Annual report of the Punjab Veterinary College and of the Civil Veterinary Department, Punjab - 1894-1908
Year: 1894
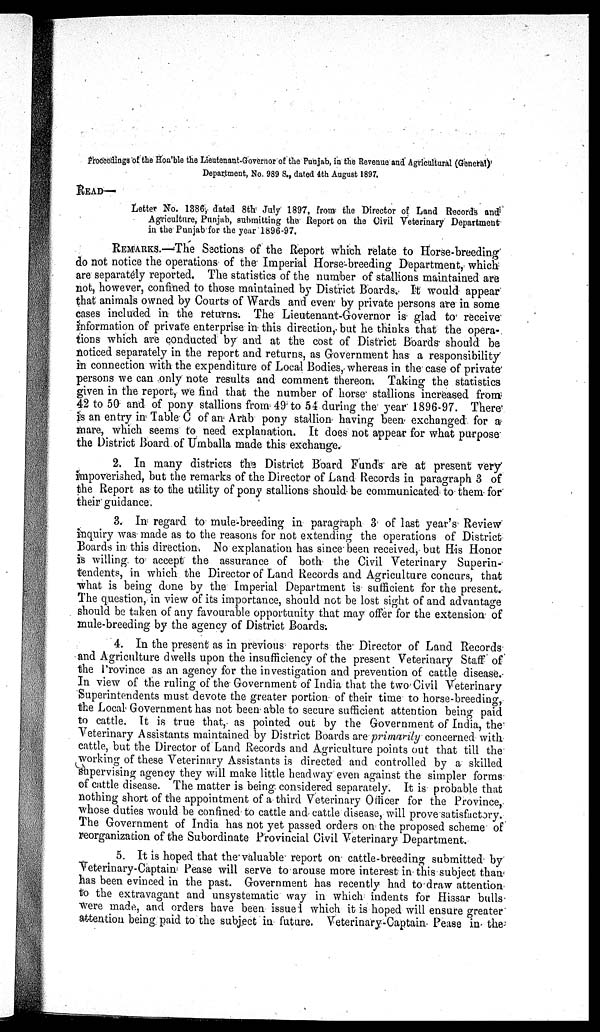
Proceedings of the Hon'ble the Lieutenant-Governor of the Punjab, in the Revenue and Agricultural (General)
Department, No. 989 S., dated 4th August 1897.
READ—
Letter No. 1386, dated 8th July 1897, from the Director of Land Records and i
Agriculture, Punjab, submitting the Report on the Civil Veterinary Department
in the Punjab for the year 1896-97.
REMARKS.—The Sections of the Report which relate to Horse-breeding
do not notice the operations of the Imperial Horse-breeding Department, which
are separately reported. The statistics of the number of stallions maintained are
not, however, confined to those maintained by District Boards. It would appear
that animals owned by Courts of Wards and even by private persons are in some
cases included in the returns. The Lieutenant-Governor is glad to receive
information of private enterprise in this direction, but he thinks that the opera-
tions which are conducted by and at the cost of District Boards should be
noticed separately in the report and returns, as Government has a responsibility
in connection with the expenditure of Local Bodies, whereas in the case of private
persons we can only note results and comment thereon. Taking the statistics
given in the report, we find that the number of horse stallions increased from
42 to 50 and of pony stallions from 49 to 54 during the year 1896-97. There
is an entry in Table C of an Arab pony stallion having been exchanged for a
mare, which seems to need explanation. It does not appear for what purpose
the District Board of Umballa made this exchange.
2. In many districts the District Board Funds are at present very
impoverished, but the remarks of the Director of Land Records in paragraph 3 of
the Report as to the utility of pony stallions should be communicated to them for
their guidance.
3. In regard to mule-breeding in paragraph 3 of last year's Review
inquiry was made as to the reasons for not extending the operations of District
Boards in this direction. No explanation has since been received, but His Honor
is willing to accept the assurance of both the Civil Veterinary Superin-
tendents, in which the Director of Land Records and Agriculture concurs, that
what is being done by the Imperial Department is sufficient for the present.
The question, in view of its importance, should not be lost sight of and advantage
should be taken of any favourable opportunity that may offer for the extension of
mule-breeding by the agency of District Boards.
4. In the present as in previous reports the Director of Land Records
and Agriculture dwells upon the insufficiency of the present Veterinary Staff of
the Province as an agency for the investigation and prevention of cattle disease.
In view of the ruling of the Government of India that the two Civil Veterinary
Superintendents must devote the greater portion of their time to horse-breeding,
the Local Government has not been able to secure sufficient attention being paid
to cattle. It is true that, as pointed out by the Government of India, the
Veterinary Assistants maintained by District Boards are primarily concerned with
cattle, but the Director of Land Records and Agriculture points out that till the
working of these Veterinary Assistants is directed and controlled by a skilled
Supervising agency they will make little headway even against the simpler forms
of cattle disease. The matter is being considered separately. It is probable that
nothing short of the appointment of a third Veterinary Officer for the Province,
whose duties would be confined to cattle and cattle disease, will prove satisfactory.
The Government of India has not yet passed orders on the proposed scheme of
reorganization of the Subordinate Provincial Civil Veterinary Department.
5. It is hoped that the valuable report on cattle-breeding submitted by
Veterinary-Captain Pease will serve to arouse more interest in this subject than
has been evinced in the past. Government has recently had to draw attention
to the extravagant and unsystematic way in which indents for Hissar bulls
were made, and orders have been issued which it is hoped will ensure greater
attention being paid to the subject in future. Veterinary-Captain Pease in the